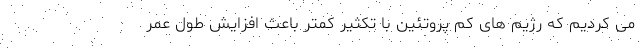
می کردیم که رژیم های کم پروتئین با تکثیر کمتر باعث افزایش طول عمر